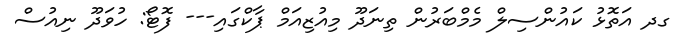
ގދ އަތޮޅު ކައުންސިލް މެމްބަރުން ތިނަދޫ މިއުޒިއަމް ޕާކްގައި--- ފޮޓޯ: ހުވަދޫ ނިއުސް